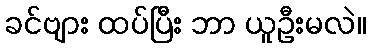
ခင်ဗျား ထပ်ပြီး ဘာ ယူဦးမလဲ။